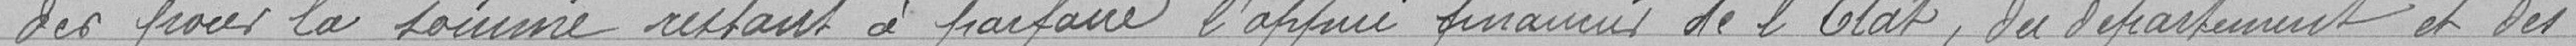
der pour la somme restant à parfaire l'appui financier de l'Etat, du département et des